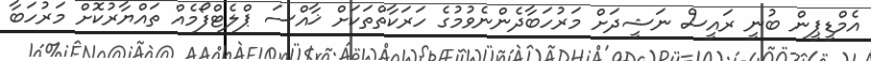
އެމްޑީޕީން ބުނީ ރައީސް ނަޝީދަށް މަރުހަބާދެންނެވުމުގެ ހަރަކާތްތަކަށް ޚާއްސަ ޕްލެޓްފޯމެއް ތައްޔާރުކޮށް މަރުހަބާ